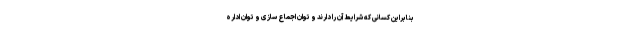
بنابراین کسانی که شرایط آن را دارند و ‌توان اجماع سازی و توان اداره